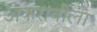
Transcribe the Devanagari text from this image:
अकरावीला